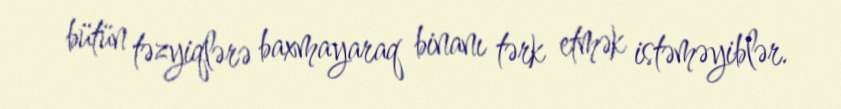
bütün təzyiqlərə baxmayaraq binanı tərk etmək istəməyiblər.